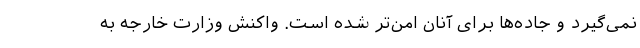
نمی‌گیرد و جاده‌ها برای آنان امن‌تر شده است. واکنش وزارت خارجه به